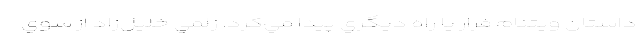
داستان ويتنام فرار يا راه ديگري پيدا مي‌كرد. زلمي خليل‌زاد از سوي